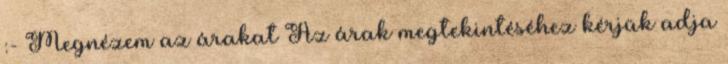
:- Megnézem az árakat Az árak megtekintéséhez kérjük adja